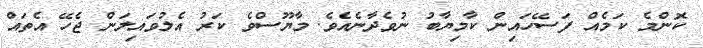
ކޮންމެ ކަމެއް ފަސޭހައިން ކާމިޔާބު ނުވެދާނެއެވެ. މާޔޫސްވެ ކަރު އެލުވައިލަން ޖެހޭ އެތައް